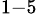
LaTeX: ^{1-5}